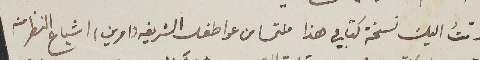
قدّمتُ اليك نسخة كتابي هذا ملتمسا من عواطفك الشريفه (امرين) اشباع النظر منه